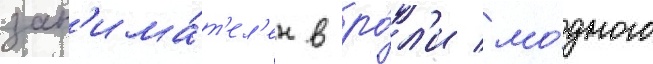
зан'има́т'ел'ен в ро́л'и мо́дного